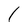
Character: 1